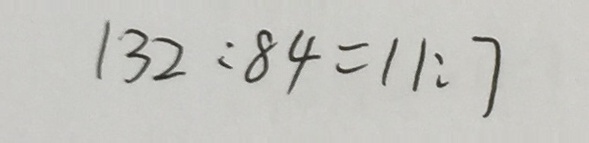
1 3 2 : 8 4 = 1 1 : 7